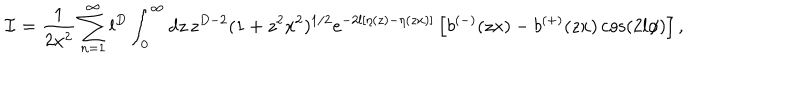
{ \mathcal { I } } = \frac { 1 } { 2 x ^ { 2 } } \sum _ { n = 1 } ^ { \infty } l ^ { D } \int _ { 0 } ^ { \infty } d z \, z ^ { D - 2 } ( 1 + z ^ { 2 } x ^ { 2 } ) ^ { 1 / 2 } e ^ { - 2 l [ \eta ( z ) - \eta ( z x ) ] } \left[ b ^ { ( - ) } ( z x ) - b ^ { ( + ) } ( z x ) \cos ( 2 l \phi ) \right] ,